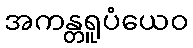
အကန္တရူပံယေဝ